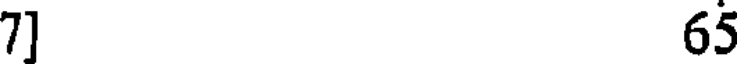
7]65